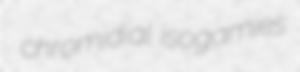
chromidial isogamies